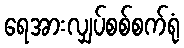
ရေအားလျှပ်စစ်စက်ရုံ